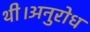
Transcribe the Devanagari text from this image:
थी।अनुरोध